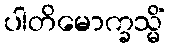
ပါတိမောက္ခသ္မိံ